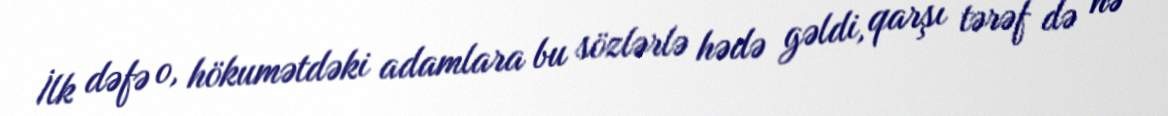
İlk dəfə o, hökumətdəki adamlara bu sözlərlə hədə gəldi, qarşı tərəf də nə